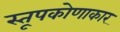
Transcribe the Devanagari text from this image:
स्तूपकोणाकार